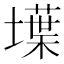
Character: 𡑢